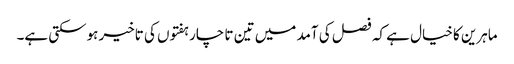
ماہرین کا خیال ہے کہ فصل کی آمد میں تین تا چار ہفتوں کی تاخیر ہوسکتی ہے۔